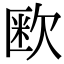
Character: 𭭏